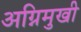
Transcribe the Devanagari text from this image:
अग्निमुखी